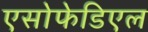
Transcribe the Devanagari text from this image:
एसोफेडिएल